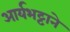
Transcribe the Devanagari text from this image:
आर्यभट्टाने